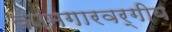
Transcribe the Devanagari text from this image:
कामगारवर्गीय